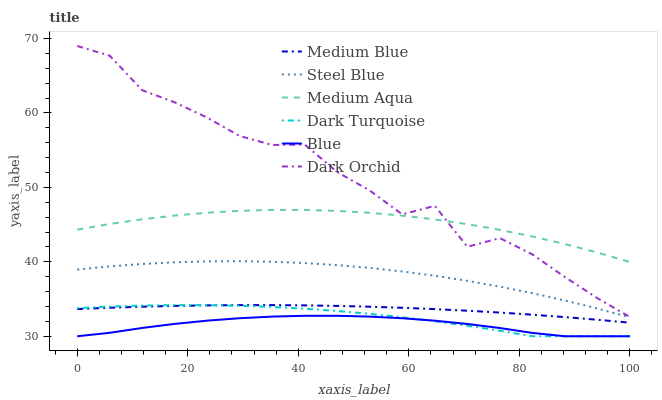
| xaxis_label | Medium Blue | Steel Blue | Medium Aqua | Dark Turquoise | Blue | Dark Orchid |
 | --- | --- | --- | --- | --- | --- | --- |
 | 0 | 33.7 | 39 | 44.3 | 33.8 | 30 | 69 |
 | 5.88 | 33.8 | 39.4 | 45.1 | 34 | 30.5 | 67.7 |
 | 11.8 | 34 | 39.7 | 45.7 | 34.1 | 31.1 | 63.1 |
 | 17.6 | 34.1 | 39.9 | 46.2 | 34.2 | 31.7 | 61.4 |
 | 23.5 | 34.2 | 40.1 | 46.6 | 34.2 | 32.1 | 59.4 |
 | 29.4 | 34.2 | 40.1 | 46.9 | 34.1 | 32.4 | 56.9 |
 | 35.3 | 34.2 | 40 | 47 | 33.9 | 32.6 | 55.7 |
 | 41.2 | 34.1 | 39.8 | 47 | 33.7 | 32.7 | 55.8 |
 | 47.1 | 34.1 | 39.6 | 46.8 | 33.4 | 32.7 | 52.1 |
 | 52.9 | 34 | 39.2 | 46.6 | 33 | 32.6 | 49.6 |
 | 58.8 | 33.8 | 38.7 | 46.2 | 32.6 | 32.4 | 46.4 |
 | 64.7 | 33.6 | 38.1 | 45.7 | 32 | 32.1 | 47.5 |
 | 70.6 | 33.4 | 37.4 | 45.1 | 31.4 | 31.7 | 42 |
 | 76.5 | 33.2 | 36.7 | 44.3 | 30.7 | 31.1 | 43.2 |
 | 82.4 | 32.9 | 35.8 | 43.4 | 30 | 30.4 | 41 |
 | 88.2 | 32.6 | 34.8 | 42.4 | 30 | 30 | 38 |
 | 94.1 | 32.2 | 33.7 | 41.2 | 30 | 30 | 35.1 |
 | 100 | 31.8 | 32.5 | 40 | 30 | 30 | 32.6 |